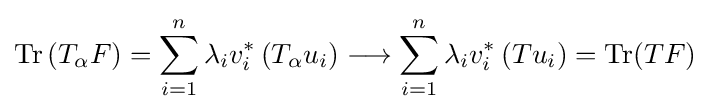
{\text{Tr}}\left(T_{\alpha }F\right)=\sum _{i=1}^{n}\lambda _{i}v_{i}^{*}\left(T_{\alpha }u_{i}\right)\longrightarrow \sum _{i=1}^{n}\lambda _{i}v_{i}^{*}\left(Tu_{i}\right)={\text{Tr}}(TF)